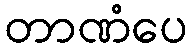
တာဏံပေ